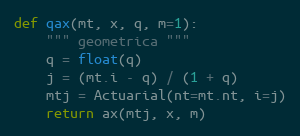
Language: Python
def qax(mt, x, q, m=1):
    """ geometrica """
    q = float(q)
    j = (mt.i - q) / (1 + q)
    mtj = Actuarial(nt=mt.nt, i=j)
    return ax(mtj, x, m)